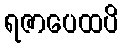
ရဇာပေထပိ